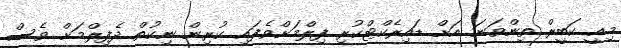
މިއީ ކަބީރް ތިންވަނަ އަށް ޑައިރެކްޓްކުރި ފިލްމަށްވެފައި ކުރިން ނިކުތް ދެފިލްމަށް ވެސް